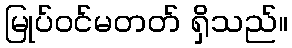
မြုပ်ဝင်မတတ် ရှိသည်။